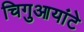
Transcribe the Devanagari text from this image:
चिगुआयांटे